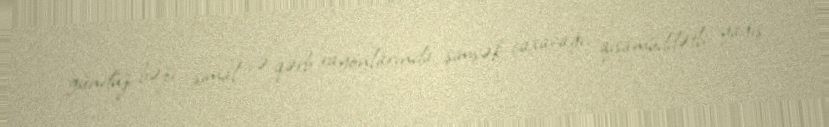
gündüz bəzi şimal və qərb rayonlarında şimşək çaxacağı, qısamüddətli yağış